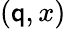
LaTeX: (\mathsf{q},x)